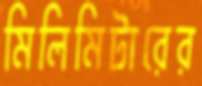
মিলিমিটারের